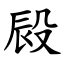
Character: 㲀